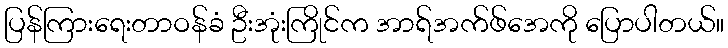
ပြန်ကြားရေးတာဝန်ခံ ဦးအုံးကြိုင်က အာရ်အက်ဖ်အေကို ပြောပါတယ်။